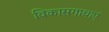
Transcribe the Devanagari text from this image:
विकासगाथाएं